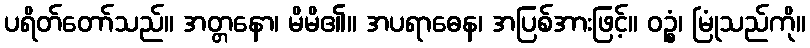
ပရိတ်တော်သည်။ အတ္တနော၊ မိမိ၏။ အပရာဓေန၊ အပြစ်အားဖြင့်။ ဝဉ္စံ၊ မြုံသည်ကို။